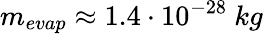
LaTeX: m_{evap}\approx 1.4\cdot 10^{-28}~kg